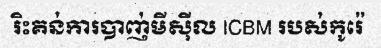
រិះគន់ការបាញ់មីស៊ីល ICBM របស់កូរ៉េ